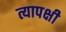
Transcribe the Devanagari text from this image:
त्यापक्षी